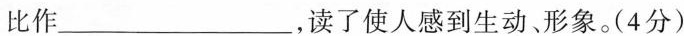
比作________________，读了使人感到生动形象。(4分)